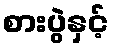
စားပွဲနှင့်